Civil Veterinary Dept. Assam report 1927-50 - 1927-1950
Year: 1927
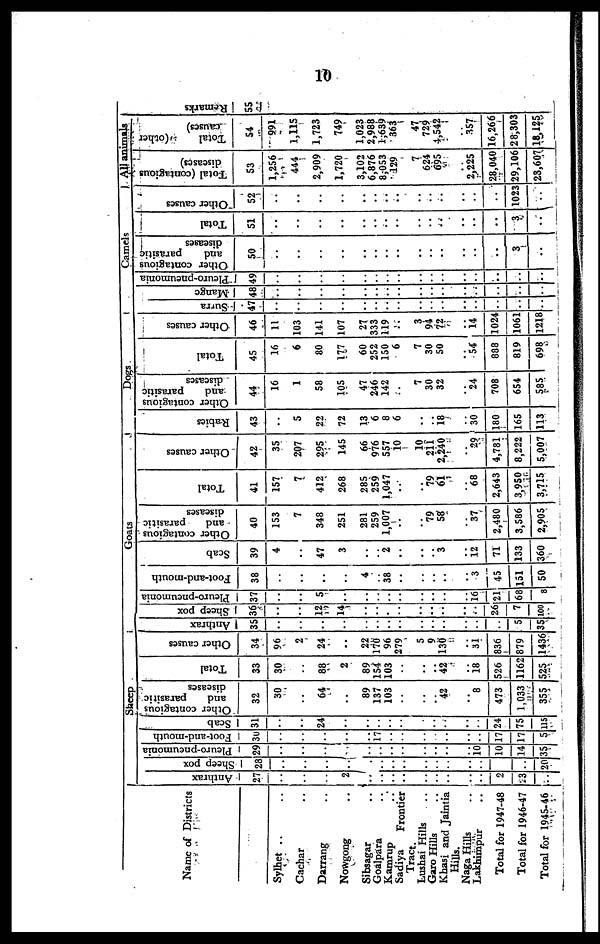
10
Name of Districts
Sylhet .. ..
Cachar ..
Darrang ..
Nowgong ..
Sibsagar ..
Goalpara ..
Kamrup ..
Sadiya
Frontier
Tract.
Lushai Hills ..
Garo Hill ..
Khasi and Jaintia
Hills.
Naga Hills ..
Lakhimpur ..
Total for 1947-48
Total for 1946-47
Total for 1945-46
Sheep
Anthrax
27
..
..
..
2
..
..
..
..
..
..
..
..
..
2
23
..
Sheep pox
28
..
..
..
..
..
..
..
..
..
..
..
..
..
..
20
Pleuro-pneumonia
29
..
..
..
..
..
..
..
..
..
..
..
..
10
10
14
35
Foot-and-mouth
30
..
..
..
..
..
17
..
..
..
..
..
..
..
17
17
5
Scab
31
..
..
24
..
..
..
..
..
..
..
..
..
..
24
75
115
Other contagious
and
parasitic
diseases
32
30
..
64
..
89
137
103
..
..
..
42
..
8
473
1,033
355
Total
33
30
..
88
2
89
154
103
..
..
..
42 ..
18
526
1162
525
Other causes
34
96
2
24
..
22
170
96
279
5
9
130
..
31
836
879
1436
Anthrax
35
..
..
..
..
..
..
..
..
..
..
..
..
..
..
5
35
Sheep pox
36
..
..
12
14
..
..
..
..
..
..
..
..
..
26
7
100
Pleuro-pneumonia
37
..
..
5
..
..
..
..
..
..
..
..
..
16
21
68
8
Foot-and-mouth
38
..
..
..
..
4
..
38
..
..
..
..
..
3
45
151
50
Goats
Scab
39
4
..
47
3
..
.. 2
..
..
..
3
..
12
71
133
360
Other contagious
and
parasitic
diseases
40
153
7
348
251
281
259
1,007
..
..
79
58
..
37
2,480
3,586
2,905
Total
41
157
7
412
268
285
259
1,047
..
79
61
..
68
2,643
3,950
3,715
Other causes
42
35
207
295
145
66
976
557
10
10
211
2,240
..
29
4,781
8,222
5,007
Dogs
Rabies
43
..
5
22
72
13
6
8
6
..
..
18
..
30
180
165
113
Other contagious
and
parasitic
diseases
44
16
1
58
105
47
246
142
..
7
30
32
..
24
708
654
585
Total
45
16
6
80
177
60
252
150
6
7
30
50
..
54
888
819
698
Other causes
46
11
103
141
107
27
333
119
..
3
94
72
..
14
1024
1061
1218
Camels
Surra
47
..
..
..
..
..
..
..
..
..
..
..
..
..
..
..
..
Mange
48
..
..
..
..
..
..
..
..
..
..
..
..
..
..
..
..
Pleuro-pneumonia
49
..
..
..
..
..
..
..
..
..
..
..
..
..
..
..
..
Other contagious
and
parasitic
diseases
50
..
..
..
..
..
..
..
...
..
..
..
..
..
..
3
..
Total
51
..
..
..
..
..
..
..
...
..
..
..
..
..
..
3
..
Other causes
52
..
..
..
..
..
..
..
...
..
..
..
..
..
..
1023
..
All animals
Total (contagious
diseases)
53
1,256
444
2,909
1,720
3,102
6,876
8,053
129
...
7
624
695
..
2,225
28,040
29,106
23,607
Total
(other
causes)
54
991
1,115
1,723
749
1,023
2,988
1,639
363
...
47
729
4,542
..
357
16,266
28,303
18.125
Remarks
55